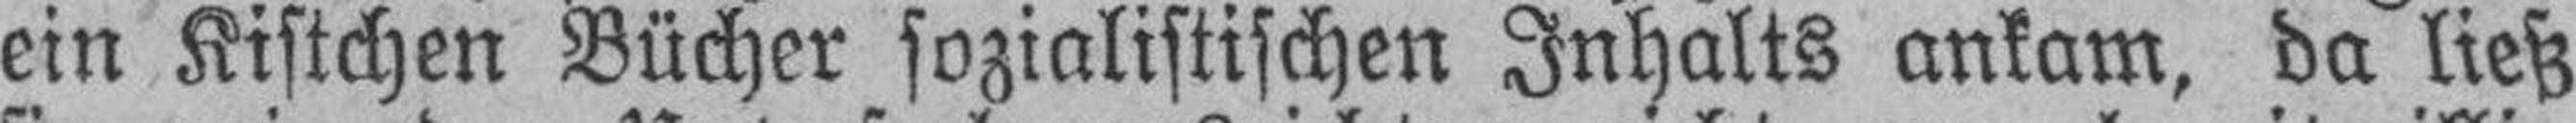
ein Kistchen Bücher sozialistischen Inhalts ankam, da ließ